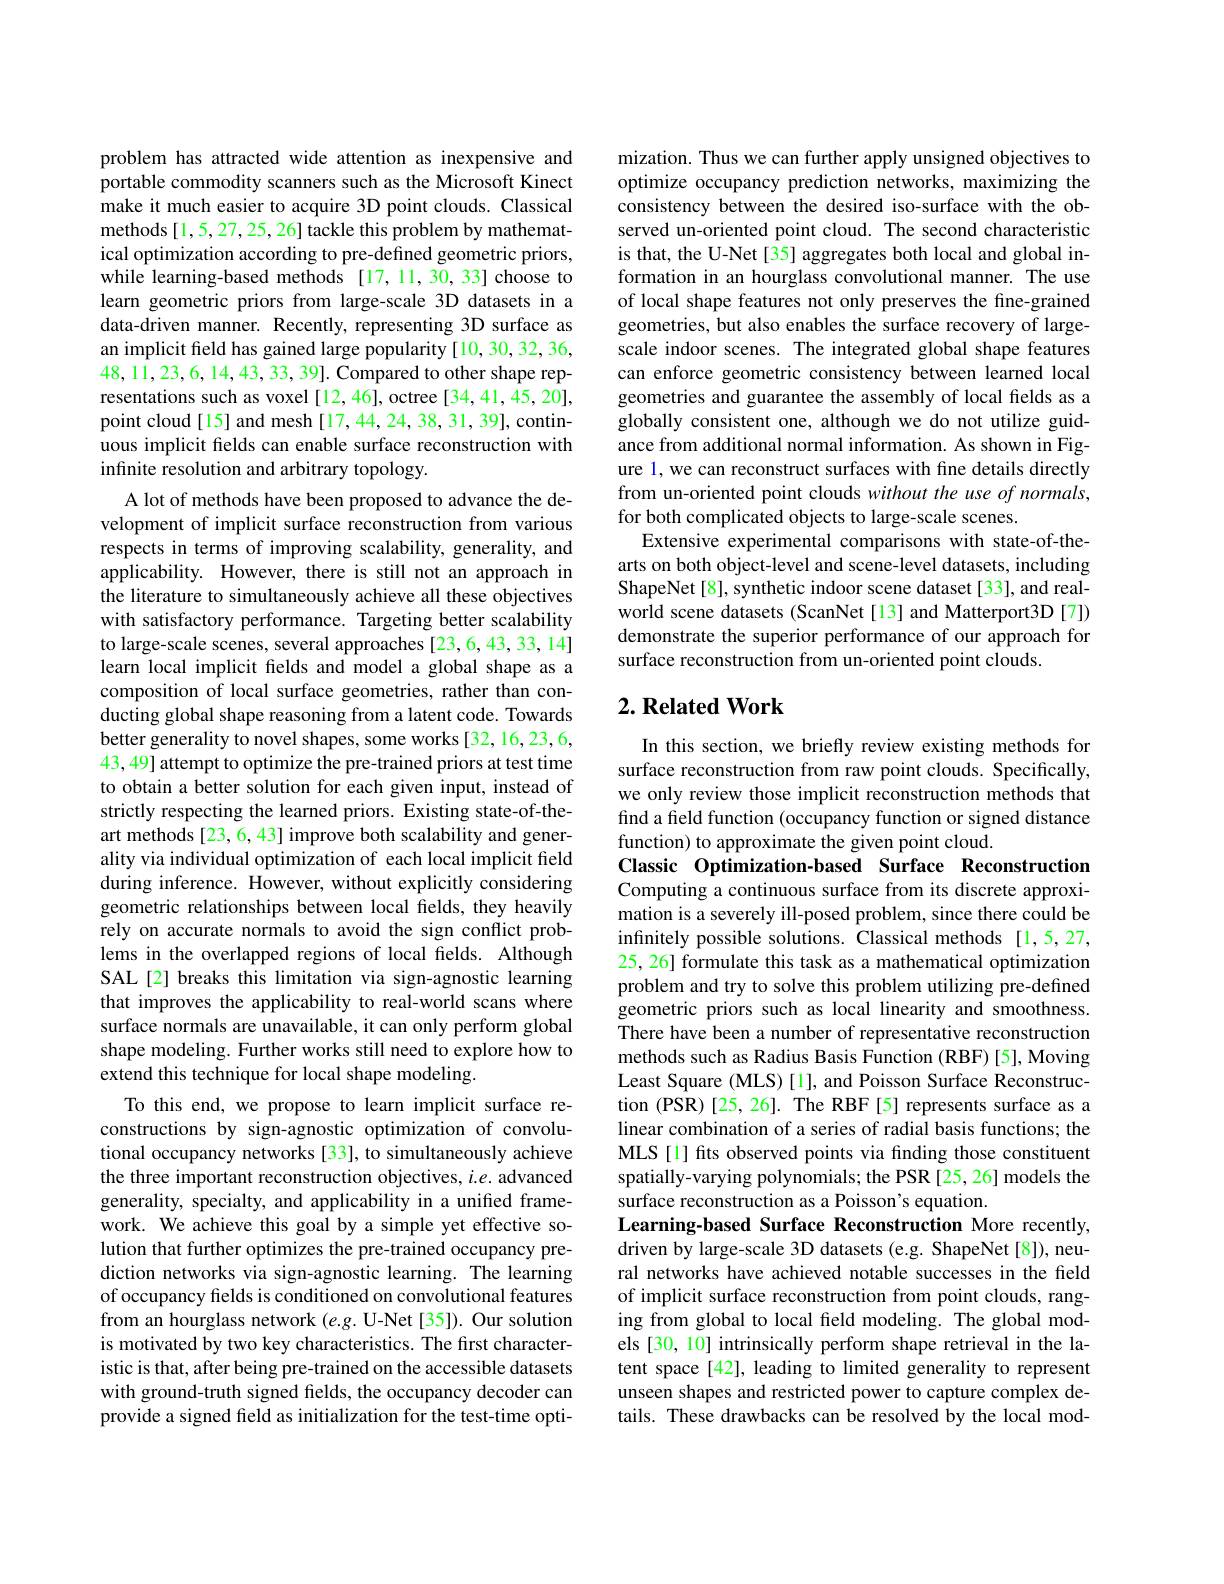
problem has attracted wide attention as inexpensive and portable commodity scanners such as the Microsoft Kinect make it much easier to acquire 3D point clouds. Classical methods[1,5,27,25,26] tackle this problem by mathematical optimization according to pre-defined geometric priors, while learning-based methods [17,11,30,33] choose to learn geometric priors from large-scale 3D datasets in a data-driven manner. Recently, representing 3D surface as an implicit field has gained large popularity [10, 30, 32, 36, 48,11,23,6,14,43,33,39]. Compared to other shape representations such as voxel [12,46], octree [34,41,45,20], point cloud[15] and mesh[17,44,24,38,31,39], continuous implicit felds can enable surface reconstruction with infinite resolution and arbitrary topology.
A lot of methods have been proposed to advance the development of implicit surface reconstruction from various respects in terms of improving scalability, generality, and applicability. However, there is still not an approach in the literature to simultaneously achieve all these objectives with satisfactory performance. Targeting better scalability to large-scale scenes, several approaches [23,6,43,33,14] learn local implicit felds and model a global shape as a composition of local surface geometries, rather than conducting global shape reasoning from a latent code. Towards better generality to novel shapes, some works [32, 16, 23, 6, 43,49] attempt to optimize the pre-trained priors at test time to obtain a better solution for each given input, instead of strictly respecting the learned priors. Existing state-of-theart methods[23,6,43] improve both scalability and generality via individual optimization of each local implicit field during inference. However, without explicitly considering geometric relationships between local fields, they heavily rely on accurate normals to avoid the sign conflict problems in the overlapped regions of local felds. Although SAL[2] breaks this limitation via sign-agnostic learning that improves the applicability to real-world scans where surface normals are unavailable, it can only perform global shape modeling. Further works still need to explore how to extend this technique for local shape modeling.
To this end, we propose to learn implicit surface reconstructions by sign-agnostic optimization of convolutional occupancy networks [33], to simultaneously achieve the three important reconstruction objectives, $i.e.$ advanced generality, specialty, and applicability in a unified framework. We achieve this goal by a simple yet effective solution that further optimizes the pre-trained occupancy prediction networks via sign-agnostic learning. The learning of occupancy fields is conditioned on convolutional features from an hourglass network $(e.g.$ U-Net [35]). Our solution is motivated by two key characteristics. The first characteristic is that, after being pre-trained on the accessible datasets with ground-truth signed fields, the occupancy decoder can provide a signed feld as initialization for the test-time opti-

mization. Thus we can further apply unsigned objectives to optimize occupancy prediction networks, maximizing the consistency between the desired iso-surface with the observed un-oriented point cloud. The second characteristic is that, the U-Net[35] aggregates both local and global information in an hourglass convolutional manner. The use of local shape features not only preserves the fine-grained geometries, but also enables the surface recovery of largescale indoor scenes. The integrated global shape features can enforce geometric consistency between learned local geometries and guarantee the assembly of local fields as a globally consistent one, although we do not utilize guidance from additional normal information. As shown in Figure l, we can reconstruct surfaces with fine details directly from un-oriented point clouds without the use of normals, for both complicated objects to large-scale scenes.
Extensive experimental comparisons with state-of-thearts on both object-level and scene-level datasets, including ShapeNet[8], synthetic indoor scene dataset[33], and realworld scene datasets (ScanNet[13] and Matterport3D[7]) demonstrate the superior performance of our approach for surface reconstruction from un-oriented point clouds

## $2. \textbf{Related Work}$

In this section, we briefly review existing methods for surface reconstruction from raw point clouds. Specifically, we only review those implicit reconstruction methods that find a field function (occupancy function or signed distance function) to approximate the given point cloud.
Classic Optimization-based Surface Reconstruction Computing a continuous surface from its discrete approximation is a severely ill-posed problem, since there could be infinitely possible solutions. Classical methods [1,5,27, 25, 26] formulate this task as a mathematical optimization problem and try to solve this problem utilizing pre-defined geometric priors such as local linearity and smoothness. There have been a number of representative reconstruction methods such as Radius Basis Function (RBF) [5], Moving Least Square (MLS)[1], and Poisson Surface Reconstruction (PSR)[25,26]. The RBF[5] represents surface as a linear combination of a series of radial basis functions; the MLS [1] fits observed points via finding those constituent spatially-varying polynomials; the PSR [25, 26] models the surface reconstruction as a Poisson's equation.
Learning-based Surface Reconstruction More recently, driven by large-scale 3D datasets (e.g. ShapeNet[8]), neural networks have achieved notable successes in the field of implicit surface reconstruction from point clouds, ranging from global to local feld modeling. The global models [30, 10] intrinsically perform shape retrieval in the latent space [42], leading to limited generality to represent unseen shapes and restricted power to capture complex details. These drawbacks can be resolved by the local mod-